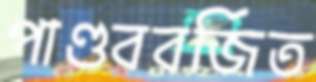
পাণ্ডববর্জিত